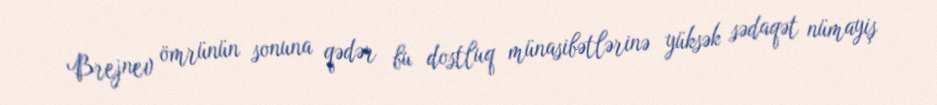
Brejnev ömrünün sonuna qədər bu dostluq münasibətlərinə yüksək sədaqət nümayiş